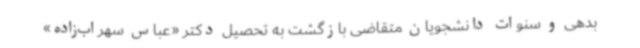
بدهی و سنوات دانشجویان متقاضی بازگشت به تحصیل دکتر «عباس سهراب‌زاده»